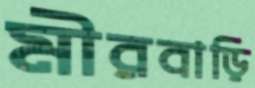
মীরবাড়ি